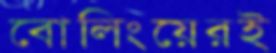
বোলিংয়েরই